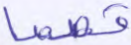
قصصا